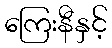
ကြေးနီနှင့်